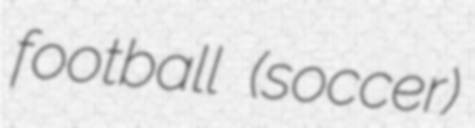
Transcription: football (soccer)